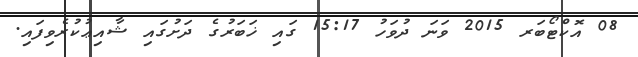
08 އޮކްޓޯބަރ 2015 ވަނަ ދުވަހު 15:17 ގައި ޚަބަރުގެ ދަށުގައި ޝާއިޢުކުރެވިފައި.